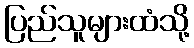
ပြည်သူများထံသို့